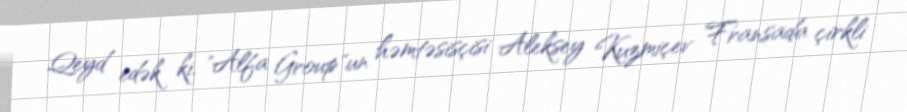
Qeyd edək ki, "Alfa Group"un həmtəsisçisi Aleksey Kuzmiçev Fransada çirkli